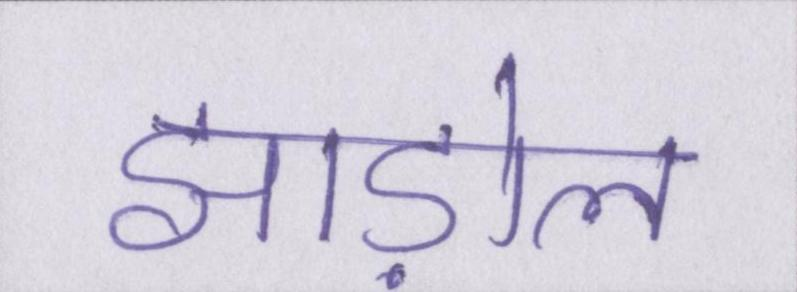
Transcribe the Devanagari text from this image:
झाड़ोल